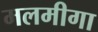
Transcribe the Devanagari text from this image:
मलमीगा